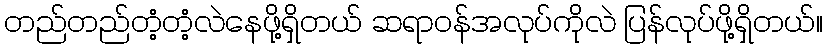
တည်တည်တံ့တံ့လဲနေဖို့ရှိတယ် ဆရာဝန်အလုပ်ကိုလဲ ပြန်လုပ်ဖို့ရှိတယ်။